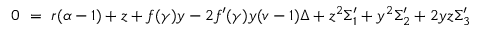
0 ~ = ~ r ( \alpha - 1 ) + z + f ( \gamma ) y - 2 f ^ { \prime } ( \gamma ) y ( v - 1 ) \Delta + z ^ { 2 } \Sigma _ { 1 } ^ { \prime } + y ^ { 2 } \Sigma _ { 2 } ^ { \prime } + 2 y z \Sigma _ { 3 } ^ { \prime }